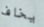
يخاف